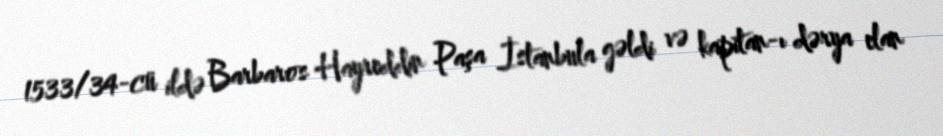
1533/34-cü ildə Barbaros Hayreddin Paşa İstanbula gəldi və kapitan-ı dərya elan